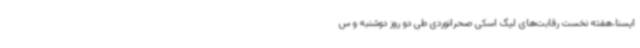
ایسنا،هفته نخست رقابت‌های لیگ اسکی صحرانوردی طی دو روز دوشنبه و س